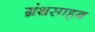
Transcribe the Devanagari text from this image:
ग्रंथसाहब